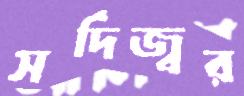
সর্দিজ্বর